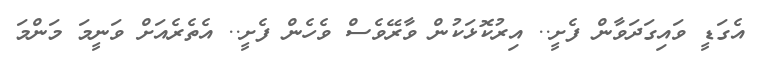
އެގަޑީ ވައިގަދަވާން ފެށީ.. އިރުކޮޅަކުން ވާރޭވެސް ވެހެން ފެށީ.. އެތެރެއަށް ވަނީމަ މަންމަ